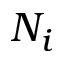
N _ { i }